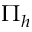
\Pi _ { h }